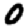
Digit: 0